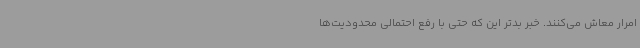
امرار معاش می‌کنند. خبر بدتر این که حتی با رفع احتمالی محدودیت‌ها